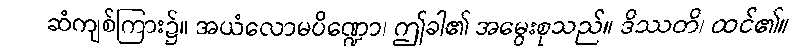
ဆံကျစ်ကြား၌။ အယံလောမပိဏ္ဍော၊ ဤခါ၏ အမွေးစုသည်။ ဒိဿတိ၊ ထင်၏။